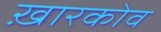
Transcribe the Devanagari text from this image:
ख़ारकोव